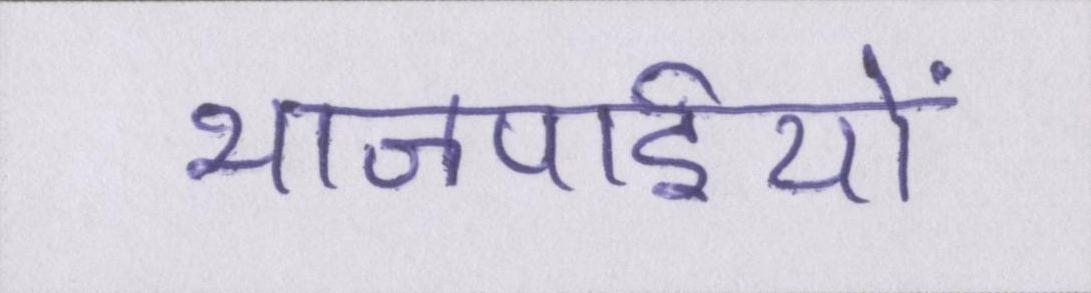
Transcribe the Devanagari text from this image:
भाजपाईयों